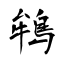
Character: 鴾